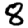
Digit: 8